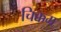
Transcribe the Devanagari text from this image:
चिक्कम